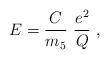
LaTeX: \begin{align*} E= \frac{C}{m_5}\ \frac{e^2}{Q}\ ,\end{align*}